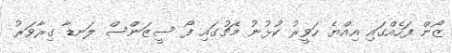
ޒޯން ފަހެއްގައި އިއްޔެ ހަވީރު ކުޅުނު މެޗުގައި ފޯ ސީޒަންސް ލަނޑާ ގިރާވަރު